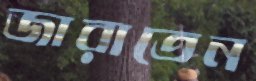
জারাতেন